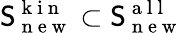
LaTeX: \mathsf{S}_{\mathrm{{~n~e~w~}}}^{\mathrm{{~k~i~n~}}}\subset\mathsf{S}_{\mathrm{{~n~e~w~}}}^{\mathrm{{~a~l~l~}}}